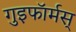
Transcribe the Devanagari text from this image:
गुइफॉर्मस्